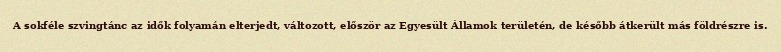
A sokféle szvingtánc az idők folyamán elterjedt, változott, először az Egyesült Államok területén, de később átkerült más földrészre is.